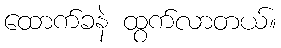
ထောက်ခနဲ ထွက်လာတယ်။